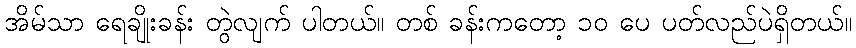
အိမ်သာ ရေချိုးခန်း တွဲလျက် ပါတယ်။ တစ် ခန်းကတော့ ၁၀ ပေ ပတ်လည်ပဲရှိတယ်။